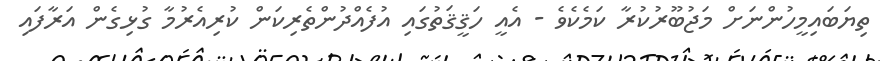
ތިޔަބައިމީހުންނަށް މަޖުބޫރުކުރާ ކަމެކެވެ - އެއީ ހަޤީޤަތުގައި އުފެއްދުންތެރިކަން ކުރިއެރުމާ ގުޅިގެން އަރާފައި